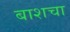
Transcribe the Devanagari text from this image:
बाशचा